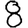
Digit: 8